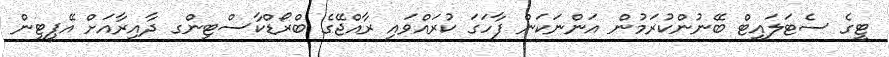
ޓީގެ ސެޓަލައިޓް ބޭނުންކުރަމުން އަންނަކަން ފާހަގަ ކުރައްވައި ރާއްޖޭގެ ބްރޯޑްކާސްޓިންގ ދާއިރާއަށް އޭޕީޓީން